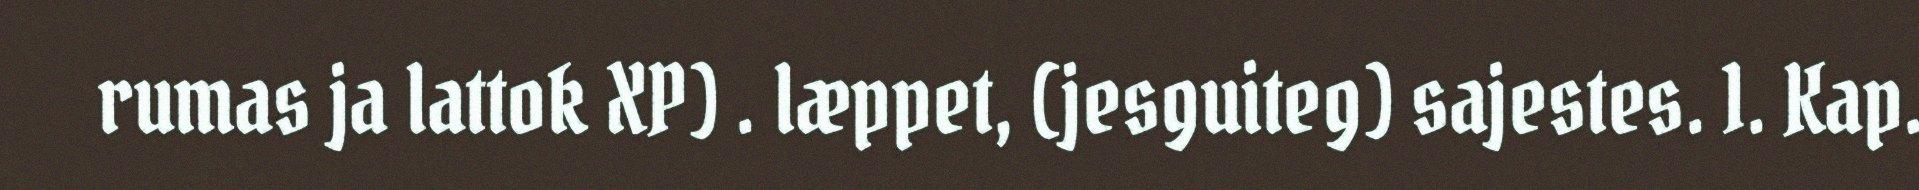
rumas ja lattok XP) . læppet, (jesguiteg) sajestes. 1. Kap.